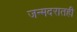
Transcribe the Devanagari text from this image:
जन्मदरातही